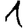
Digit: 1